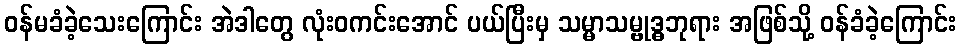
ဝန်မခံခဲ့သေးကြောင်း အဲဒါတွေ လုံးဝကင်းအောင် ပယ်ပြီးမှ သမ္မာသမ္ဗုဒ္ဓဘုရား အဖြစ်သို့ ဝန်ခံခဲ့ကြောင်း